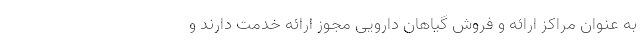
به عنوان مراکز ارائه و فروش گیاهان دارویی مجوز ارائه خدمت دارند و